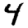
Digit: 4